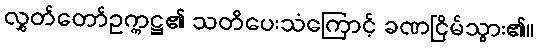
လွှတ်တော်ဥက္ကဋ္ဌ၏ သတိပေးသံကြောင့် ခဏငြိမ်သွား၏။